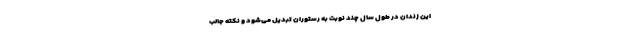
این زندان در طول سال چند نوبت به رستوران تبدیل می‌شود و نکته جالب